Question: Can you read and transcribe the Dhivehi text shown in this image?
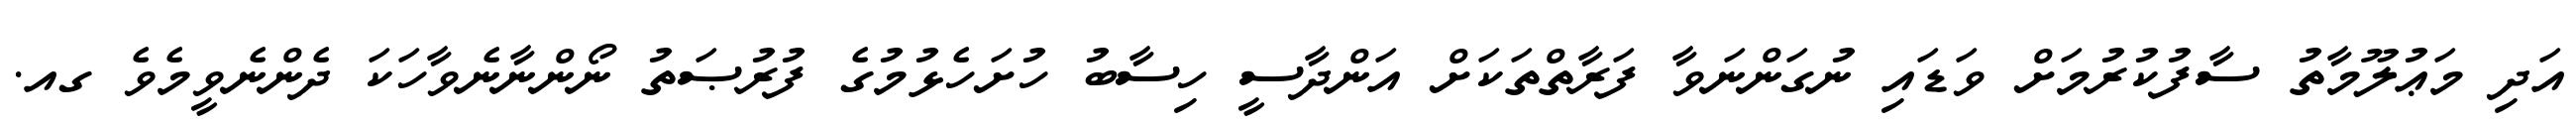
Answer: އަދި މަޢުލޫމާތު ސާފުކުރުމަށް ވަޑައި ނުގަންނަވާ ފަރާތްތަކަށް އަންދާސީ ހިސާބު ހުށަހެޅުމުގެ ފުރުޞަތު ނޯންނާނެވާހަކަ ދެންނެވީމެވެ ގއ.